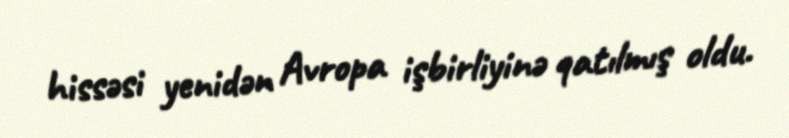
hissəsi yenidən Avropa işbirliyinə qatılmış oldu.